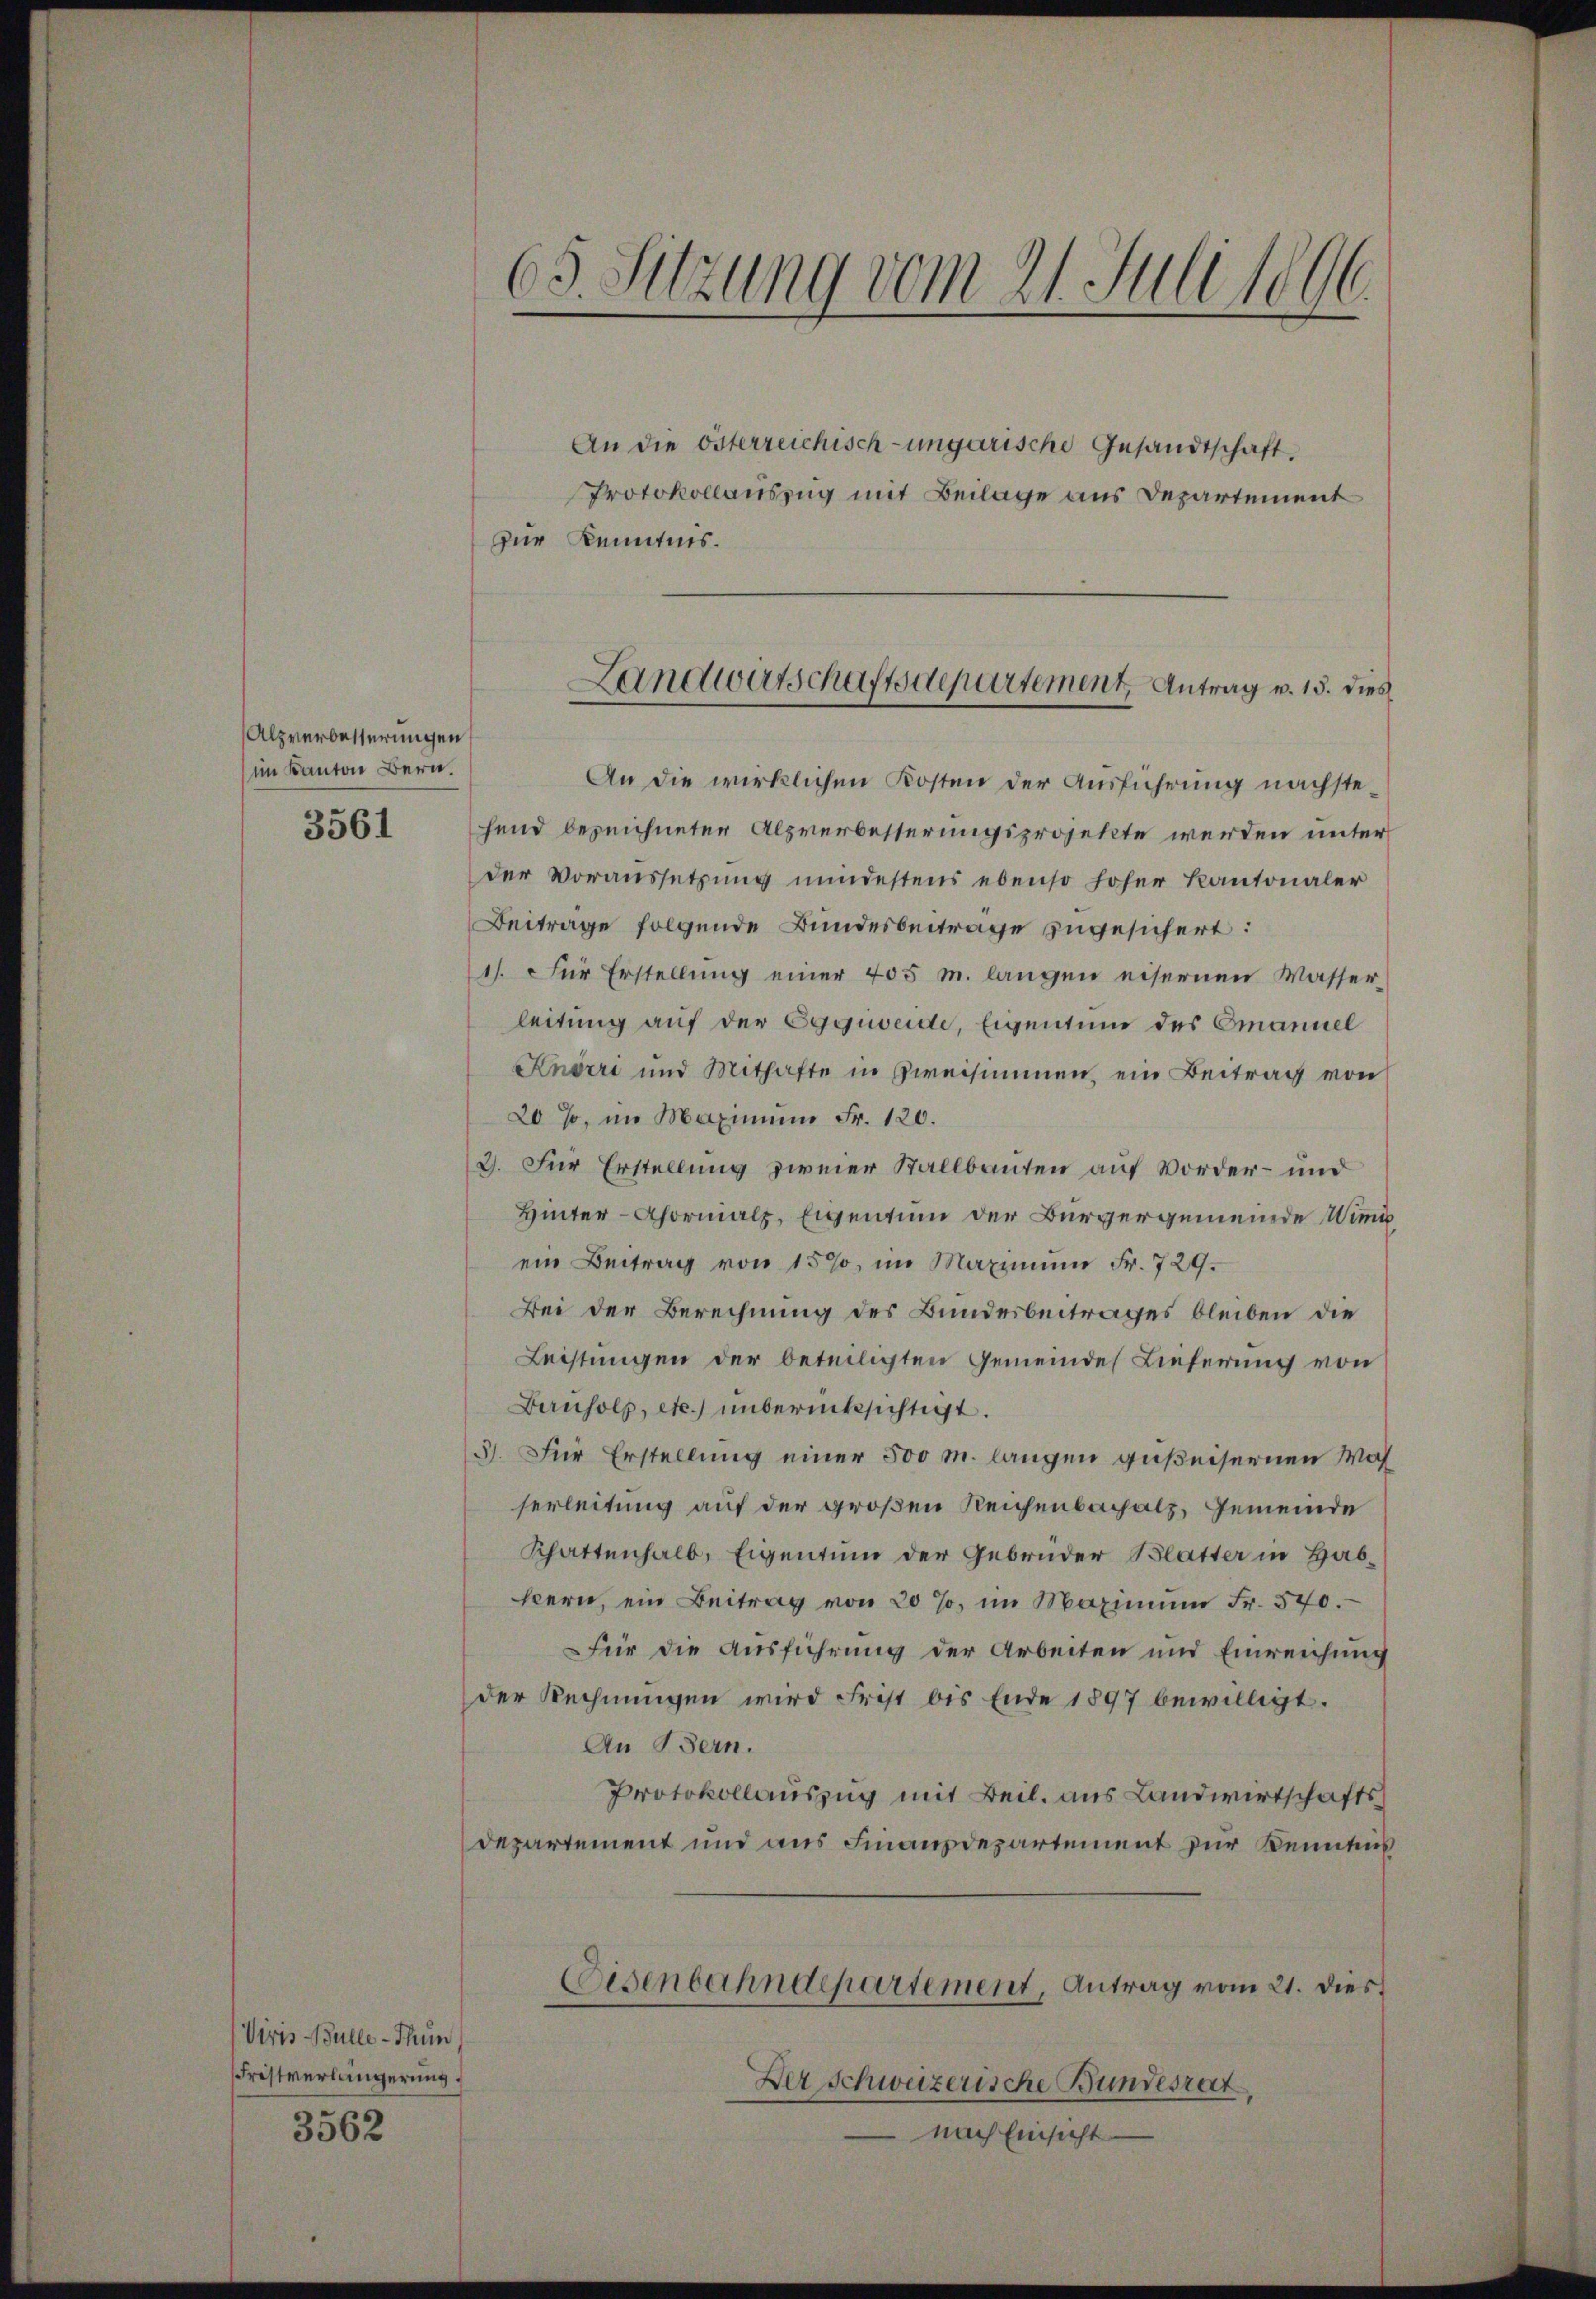
Alzverbesserungen
im Kanton Bern.

3561

Viris Bulle - Thun,
Fristverlängerung.

3562

65. Sitzung vom 21. Juli 1896.

An die österreichisch-ungarische Gesandtschaft.
Protokollauszug mit Beilage aus Departement
zur Kenntnis.

Landwirtschaftsdepartement Antrag v. 15. dies

An die wirklichen Kosten der Ausführung nachstehend bezeichneter Alpverbesserungsprojekte werden unter
der Voraussetzŭng mindestens ebenso hoher Kantonaler
Beitrage folgende Bundesbeitrage zugesichert:
1). Für Erstellung einer 405 m. langen eisernen Wasser-
leitung auf der Egguveide, Eigentum des Emanuel
Knörri und Mithafte in Zweisimmen, ein Beitrag von
20%, im Maximum Fr. 120.
3. Für Erstellung zweier Stallbauten auf Vorder- und
Hinter-Ahornalp, Eigentum der Bürgergemeinde Winig
ein Beitrag von 157, im Maximum Fr. 729.
Bei der Berechnung des Bundesbeitrages bleiben die
Leistungen der beteiligten Gemeinde Lieferung von
Bauholz, etc.) unberücksichtigt.
5). Für Erstellung einer 500 M. langen gußeisernen Wasserleitung auf der großen Reichenbachalz, Gemeinde
Khattenhalb, Eigentum der Gebrüder Blatter in Habkern, ein Beitrag von 20 %, im Maximum Fr. 570.
Für die Ausführung der Arbeiten und Einreichung
der Rechnungen wird Frist bis Ende 1897 bewilligt.
An Bern.
Protokollauszug mit Beil. aus Landwirtschafts
Departement und aus Finanzdepartement zur Kenntnis
Eisenbahndepartement, Antrag vom 21. dies
Der Schweizerische Bundesrat
 nach Einsicht